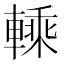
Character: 𨍱